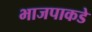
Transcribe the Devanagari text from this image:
भाजपाकडे